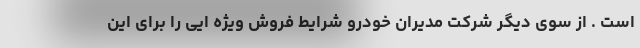
است . از سوی دیگر شرکت مدیران خودرو شرایط فروش ویژه ایی را برای این